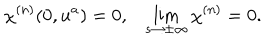
\chi ^ { ( n ) } ( 0 , u ^ { a } ) = 0 , \lim _ { s \rightarrow \pm \infty } \chi ^ { ( n ) } = 0 .